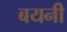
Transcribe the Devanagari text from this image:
बयनी